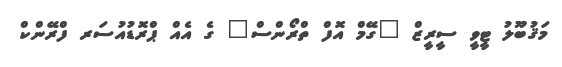
މަޤުބޫލު ޓީވީ ސީރީޒް "ގޭމް އޮފް ތްރޯންސް" ގެ އެއް ޕްރޮޑުއުސަރ ފްރޭންކް